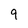
Character: 9